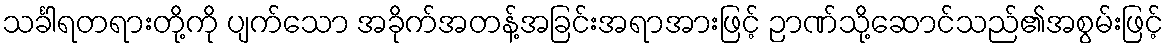
သင်္ခါရတရားတို့ကို ပျက်သော အခိုက်အတန့်အခြင်းအရာအားဖြင့် ဉာဏ်သို့ဆောင်သည်၏အစွမ်းဖြင့်